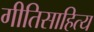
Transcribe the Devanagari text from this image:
गीतिसाहित्य